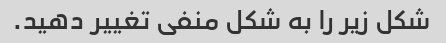
شکل زیر را به شکل منفی تغییر دهید.